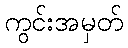
ကွင်းအမှတ်